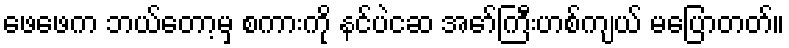
ဖေဖေက ဘယ်တော့မှ စကားကို နင်ပဲငဆ အော်ကြီးဟစ်ကျယ် မပြောတတ်။